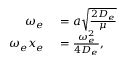
\begin{array} { r l } { \omega _ { e } } & { { } = a \sqrt { \frac { 2 D _ { e } } { \mu } } } \\ { \omega _ { e } x _ { e } } & { { } = \frac { \omega _ { e } ^ { 2 } } { 4 D _ { e } } , } \end{array}